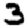
Digit: 3